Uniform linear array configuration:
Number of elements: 4
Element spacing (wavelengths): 0.5
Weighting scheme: blackman
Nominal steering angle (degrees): -15
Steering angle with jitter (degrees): -15.471
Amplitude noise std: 0.05
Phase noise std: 0.05

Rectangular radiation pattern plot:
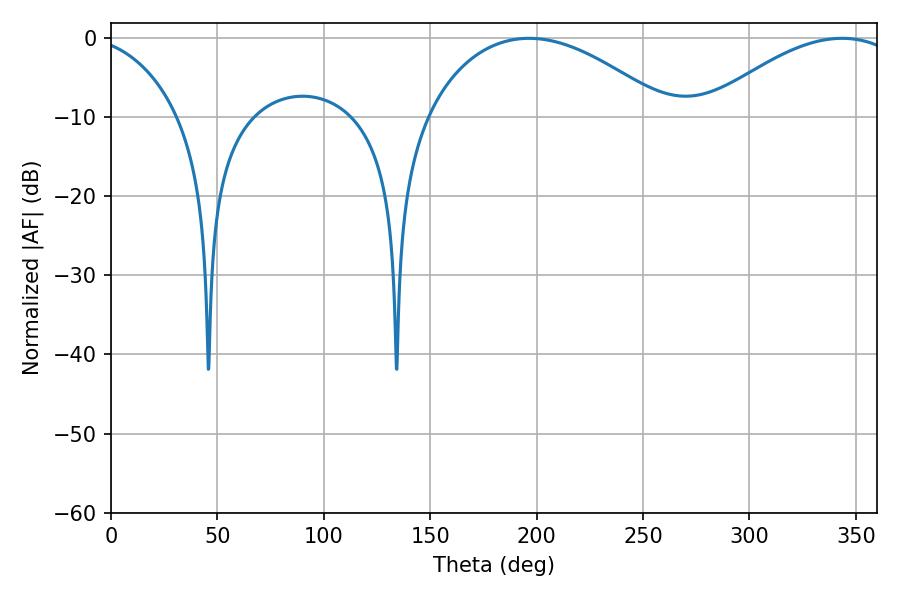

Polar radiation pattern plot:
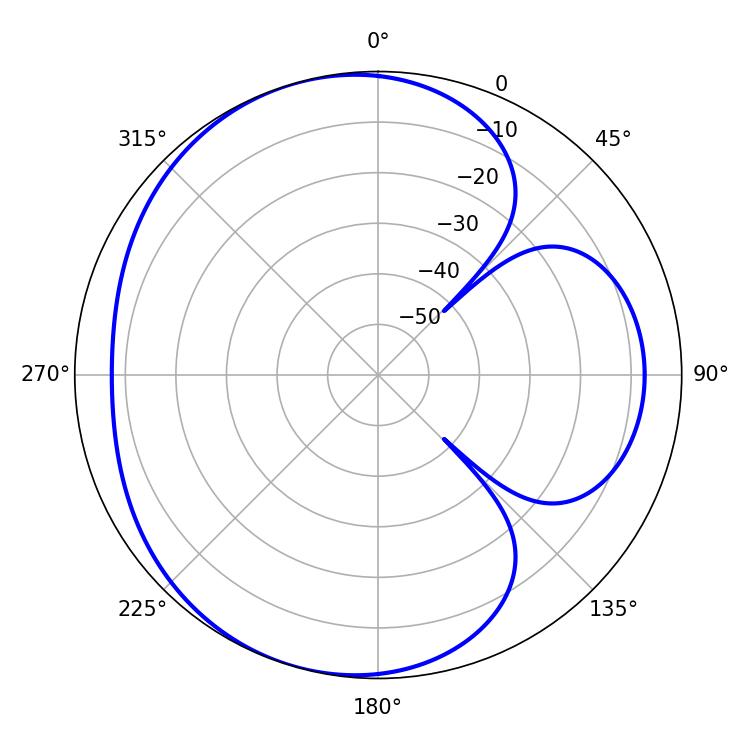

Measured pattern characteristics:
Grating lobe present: FALSE
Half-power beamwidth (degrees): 63.9
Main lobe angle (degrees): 196.38